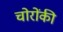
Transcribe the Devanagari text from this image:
चोरोंकी